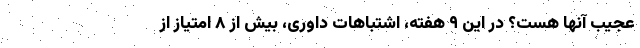
عجیب آنها هست؟ در این ۹ هفته، اشتباهات داوری، بیش از ۸ امتیاز از